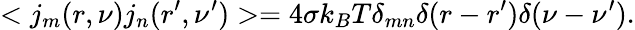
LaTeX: <j_{m}(r,\nu)j_{n}(r^{\prime},\nu^{\prime})>=4\sigma k_{B}T\delta_{mn}\delta(r-r^{\prime})\delta(\nu-\nu^{\prime}).